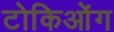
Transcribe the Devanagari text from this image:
टोकिओंग